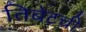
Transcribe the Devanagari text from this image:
तिबेटची